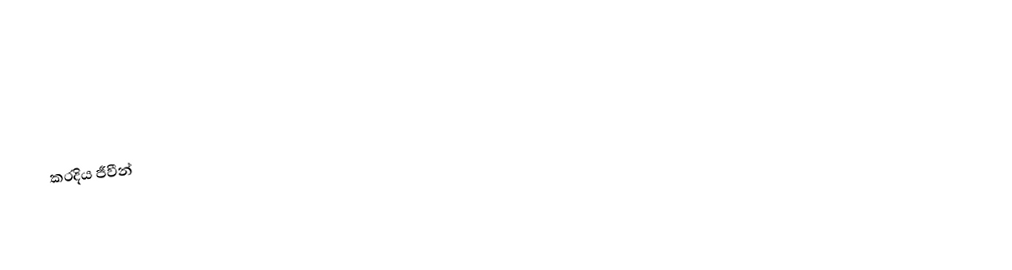
කරදිය ජීවීන්